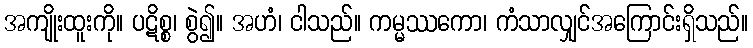
အကျိုးထူးကို။ ပဋိစ္စ၊ စွဲ၍။ အဟံ၊ ငါသည်။ ကမ္မဿကော၊ ကံသာလျှင်အကြောင်းရှိသည်။